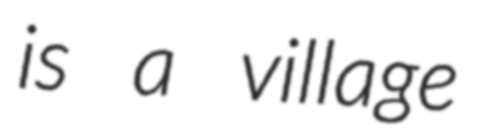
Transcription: is a village